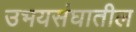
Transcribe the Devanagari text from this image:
उभयसंघातील